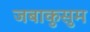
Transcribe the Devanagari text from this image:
जबाकुसुम